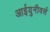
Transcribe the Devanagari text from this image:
आईयुनीवर्स